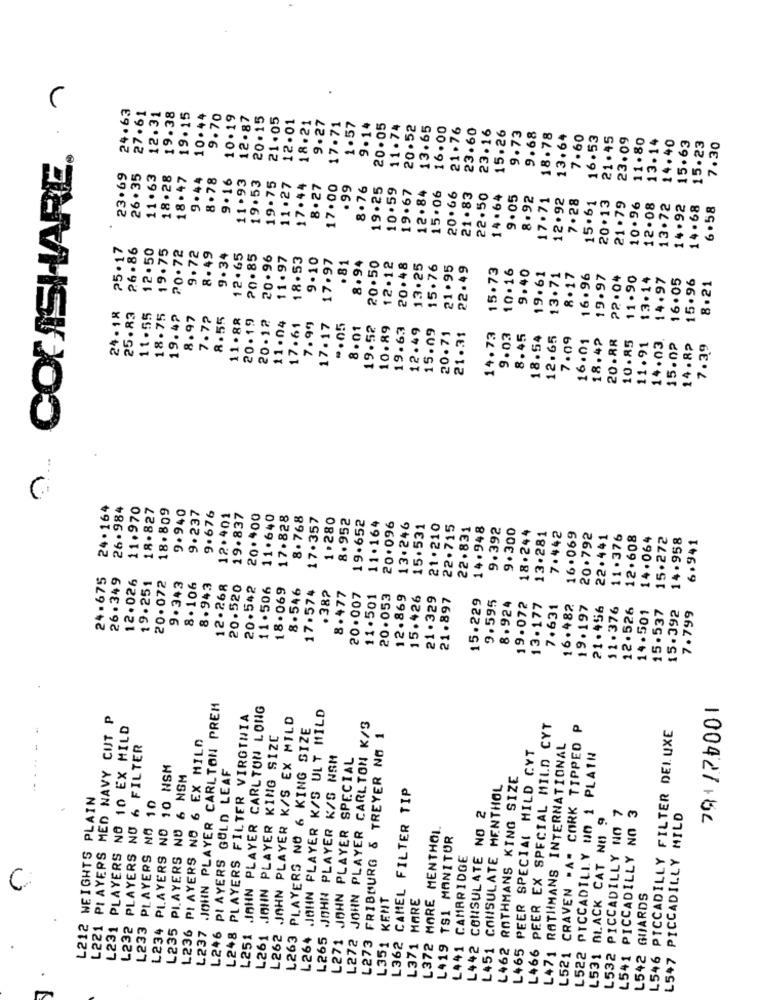
COFASHARE.
24.63
27.61
12.31
19.38
19.15
10.44
9.70
10.19
12.87
20.15
21.05
12.01
18.21
9.27
17.71
1.57
9 . 14
20.05
11.74
20.52
13.65
16.00
21.76
23.60
23.16
15.26
9.73
9.68
18.78
13.64
7.60
16.53
21.45
23.09
11.80
13-14
15.23
14.40
15.63
7.30
23.69
26 .35
11.63
18.28
18.47
9.44
8.78
9.16
11.93
19.53
19.75
11 .27
17.44
8.27
17.00
.99
8.76
19.25
10.59
19.67
15.06
20.66
12.84
21.83
22.50
14.64
9.05
8.92
17.71
12.92
7.28
15.61
20.13
21.79
10.96
12.08
13.72
14.92
14.68
6.58
25.17
2.6 .86
12.50
19.75
20.72
9.72
8.49
9.34
12.65
20.85
20.96
11.97
18.53
9.10
17.97
8.94
.81
20.50
12-12
20.48
13.25
15.76
21.95
22.49
15.73
10.16
9.40
19.61
13.71
8.17
16.96
19.97
22.04
11.90
13.14
14.97
16.05
15.96
8.21
24. 18
25.83
11.55
18.75
19.42
8.97
7.7?
8.55
11.88
20.19
20-12
11.04
17.61
7.99
17.17
.. 05
8 .01
19.52
10.89
19.63
12.49
15.09
20.71
21.31
14.73
9.03
8.45
18.54
12.65
7.09
16.01
18.42
20.RR
11.91
10.85
14.03
15.02
14.8₽
7.39
24.164
26.984
11.970
18.827
18.809
9.940
9.237
9.676
12.401
19.837
20.400
11.640
17.828
8.768
17.357
1.280
8.952
19.652
11.164
20.096
13.246
15.531
21. 210
22.715
22.831
14.948
9.392
9.300
18.244
13.281
7.442
16.069
20.792
22.441
11.376
12.608
14.064
15.272
14.958
6.941
24.675
26.349
12.026
20.072
19.251
9.343
8.106
8.943
12.268
20.520
20.542
11.506
18.069
8.546
17.574
.382
8.477
20.007
11.501
20.053
12.869
15.426
21. 329
21.897
15.229
9.595
8.924
19.072
13.177
7.631
16.482
19.197
21.456
11.376
12.526
14.501
15.537
15.392
7.799
L237 .JOHN PLAYER CARLTON PREM
L251 .JOHN PLAYER CARLTON LONG
L264 JOHN PLAYER K/S ULT MILD
79117₺001
L221 PLAYERS MED NAVY CUT P
L248 PLAYERS FILTER VIRGINIA
L262 JOHN PLAYER K/S EX MILD
L231 PLAYERS NO 10 EX MILD
L263 PLAYERS NO 6 KING SIZE
L272 JOHN PLAYER CARLTON K/S
L466 PEER EX SPECIAL MILD CYT
L521 CRAVEN " A" CORK TIPPED P
L546 PICCADILLY FILTER DELUXE
PI AYERS NO 6 EX MILO
L261 JOHN PLAYER KING SIZE
L273 FRIBOURG & TREYER NO 1
L232 PLAYERS NO 6 FILTER
L465 PEER SPECIAL MILD CYT
L471 RATHMANS INTERNATIONAL
L265 JOHN PLAYER K/S NSM
L271 JOHN PLAYER SPECIAL
L522 PICCADILLY NO 1 PLAIN
L234 PLAYERS NO 10 NSM
L235 PLAYERS NO 6 NSM
L246 PLAYERS GULD LEAF
L462 ROTHMANS KING SIZE
L362 CAMEL FILTER TIP
L451 CONSULATE MENTHOL
L212 WEIGHTS PLAIN
L233 PLAYERS NO 10
L442 CONSULATE NO 2
L532 PICCADILLY NO 7
L541 PICCADILLY NO 3
L531 BLACK CAT NO 9
L547 PICCADILLY MILD
L372 MORE MENTHOL
L419 TS1 MANITUR
CAMBRIDGE
L351 KENT
L371 MARE
L542 GUARDS
L236
L441